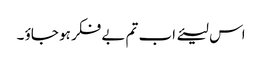
اس لیئے اب تم بے فکر ہو جاؤ ۔